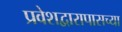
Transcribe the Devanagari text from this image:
प्रवेशद्वारापासच्या